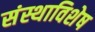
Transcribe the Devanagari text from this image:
संस्थाविशेष